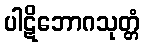
ပါဋိဘောဂသုတ္တံ